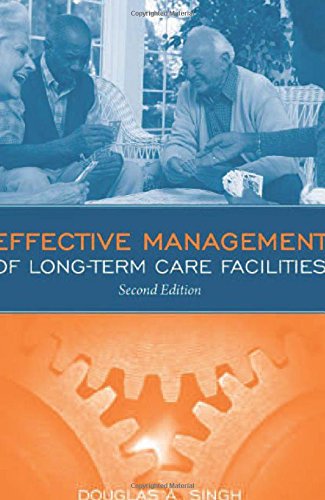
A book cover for Effective Management Of Long Term Care Facilities; Douglas A. Singh; Medical Books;